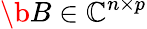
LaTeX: \b{B}\in\mathbb{C}^{n\times p}